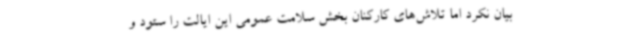
بیان نکرد اما تلاش‌های کارکنان بخش سلامت عمومی این ایالت را ستود و